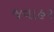
જવાહર